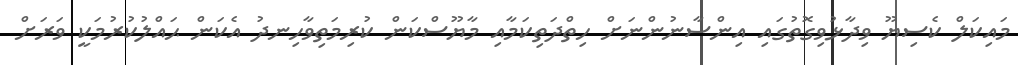
މައިކަލް ކެސިޔޫ ވިދާޅުވިގޮތުގައި އިންސާނުންނަށް ހިތްދަތިކަމާއި މާޔޫސްކަން ކުރިމަތިވާހިނދު އެކަން ޙައްލުކުރުމަކީ ވަރަށް